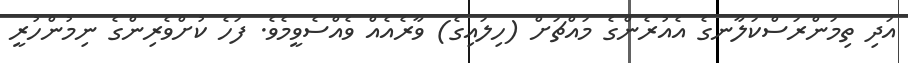
އަދި ތިމަންރަސްކަލާނގެ އެއުރެންގެ މައްޗަށް (ހިލައިގެ) ވާރެެއެއް ވެއްސެވީމެވެ. ފަހެ ކުށްވެރިންގެ ނިމުންހުރީ